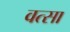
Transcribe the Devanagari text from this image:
वत्सा